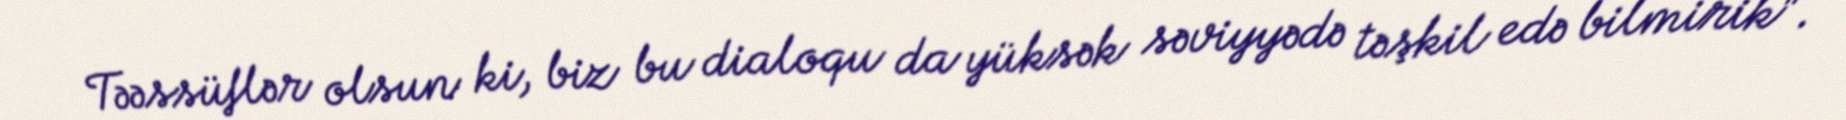
Təəssüflər olsun ki, biz bu dialoqu da yüksək səviyyədə təşkil edə bilmirik".